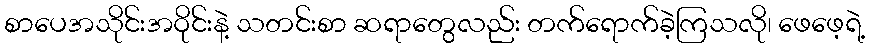
စာပေအသိုင်းအဝိုင်းနဲ့ သတင်းစာ ဆရာတွေလည်း တက်ရောက်ခဲ့ကြသလို၊ ဖေဖေ့ရဲ့